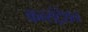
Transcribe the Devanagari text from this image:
कन्संट्रेशन